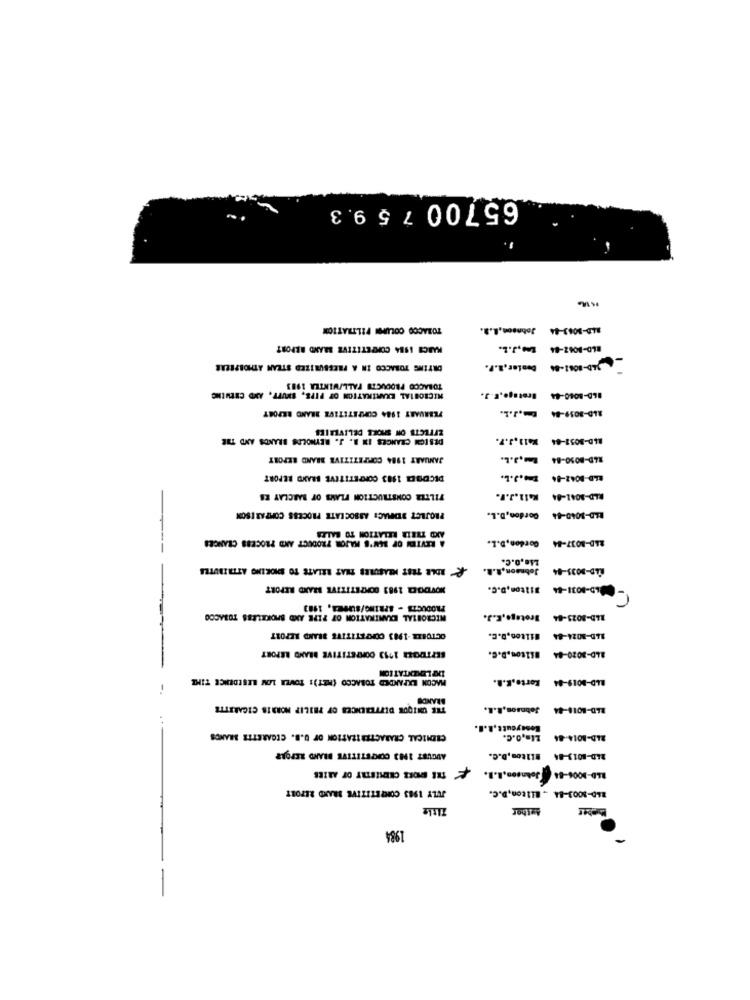
65700 7 5 9.3
TOBACCO COLIPOI FILTRATICON
Johnson,L.a.
84D-3063-44
MARCH 1984 COMPETITIVE BRAND REPORT
www.J.L.
BLD-8062-84
ORTING TOBACCO IN A PRESSURIZED STEAM ATHORPEERE
TOBACCO PRODUCTS FALL/WINTER 1983
MICROBIAL EXAMINATION OF FIFE, SHUTT, AND CHEWING
Brotago,F.J.
B6D-8040-44
FEBRUARY 1984 COMPETITIVE BRAND REPORT
-. J.L.
ALD-3059-84
EFFECTS ON SHORE DELIVERIES
DES IGH CHANGES IN B. J. REYNOLDS BRANDS AND THE
X411.3.7.
RLD-8052-84
JANUARY 1984 COMPETITIVE BRAND REPORT
R4D-8050-84
DECDOES 1983 COMPETITIVE BRAND REPORT
ELD-8042-84
FILTER CONSTRUCTION PLANS OF BARCLAY ES
K41l.J.F.
RLD-3041-84
PROJECT SOMAC: ASSOCIATE PROCESS COMPARISON
Gordon, D.L.
BLD-3040-84
AND THEIR RELATION TO BALIT
A REVIEW OF BEN'S MAJON PRODUCT AND PROCESS CRANCES
Gordon, D.L.
24D-8037-84
ROLE TRET MEASURES THAT RELATE TO SMOKING ATTRIBUTES
Johnson,S.R.
MLD-9035-84
WOWVDOER 1983 COMPETITIVE BRAND REPORT
#11ton,D.C.
LD-8031-44
PRODUCTS - SPRING/SUPPEA, 1983
MICROBIAL EXAMINATION OF PIPE AND SPOKELESS TOBACCO
Brotego,E.J.
14D-8025-84
OCTOBER -1983 COMPETITIVE BRAND REPORT
Hilton,D.c.
14D-8024-84
SEPTROSE 1753 COMPETITIVE BRAND REPORT
Hilton.D.C.
SLD-2020-84
DO LEMSENTATION
MACON EXPANDED TOBACCO (HET): TOVER LOM LESEDENCE TIME
Korto.K.R.
BLD-8019-84
BRANDS
THE UNIQUE DUFTERENCES OF PHILIP MORRIS CIGARETTE
Johnson,R.L.
BLD-8016-44
CHEMICAL CRABACTERIZATION OF U.B. CIGARETTE BRANDS
2 ... O.c.
24D-8014-84
AUGUST 1983 COMPETITIVE BLAND REPORT
2LD-8013-84 #11too,D.C.
THE SHORE CHEERSESTRY OF ARIES
R&D-1006-84 Johnson, B.B.
JULY 1983 COMPETITIVE MAND REPORT
260-3003-84 - Milton,D.C.
Author
1984
-
-